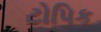
ટોપિક